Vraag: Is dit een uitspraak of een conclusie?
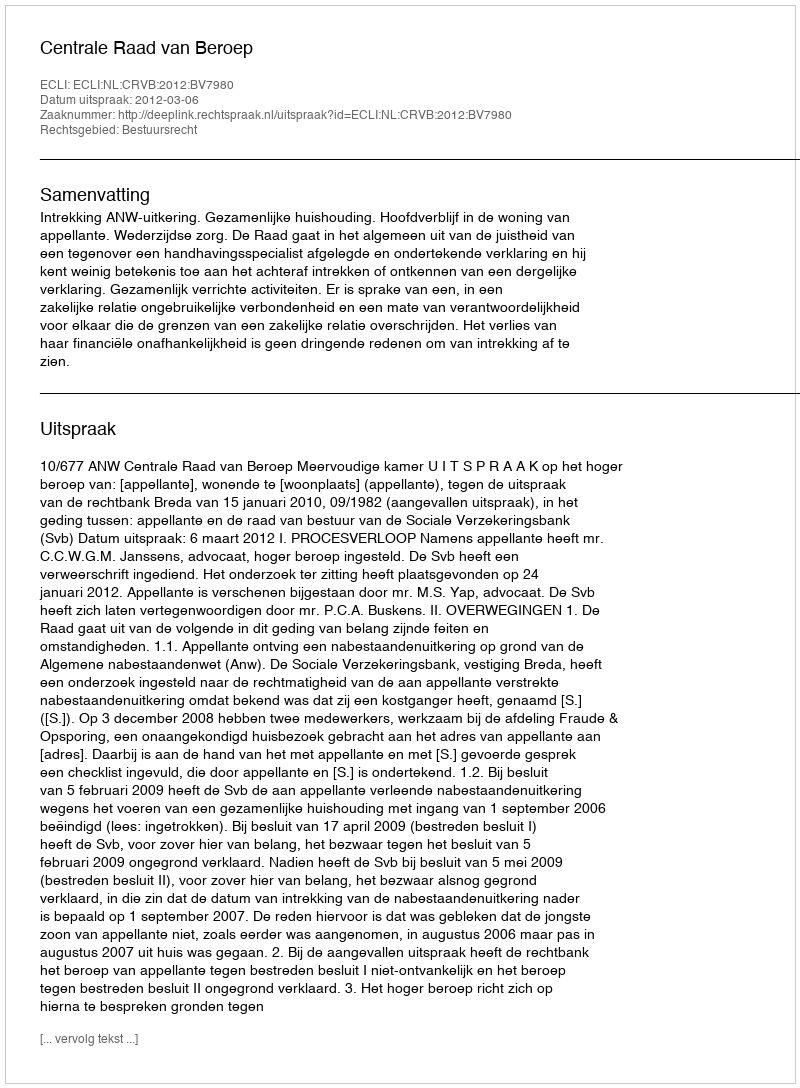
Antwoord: Uitspraak